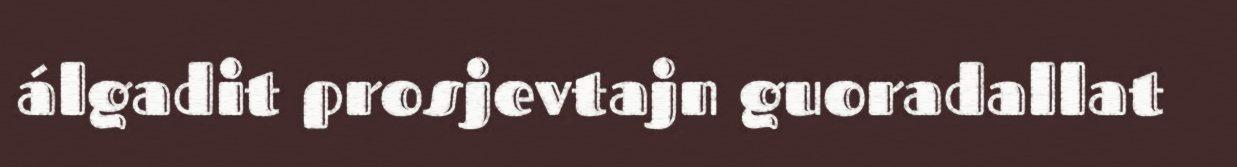
álgadit prosjevtajn guoradallat